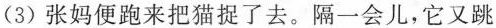
(3)张妈便跑来把猫捉了去。隔一会儿，它又跳